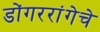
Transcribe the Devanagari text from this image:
डोंगररांगेचे